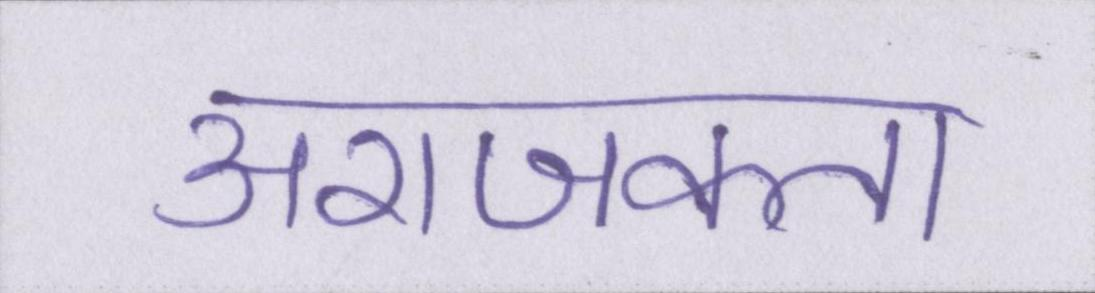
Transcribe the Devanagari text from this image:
अराजकता